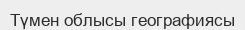
Түмен облысы географиясы